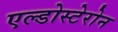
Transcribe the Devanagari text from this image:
एल्डोस्टेरोन